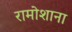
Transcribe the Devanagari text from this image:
रामोशाना